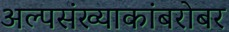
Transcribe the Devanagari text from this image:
अल्पसंख्याकांबरोबर